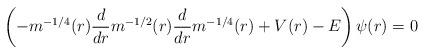
LaTeX: \begin{align*} \left(- m^{-1/4}(r) \frac{d}{dr} m^{-1/2}(r) \frac{d}{dr} m^{-1/4}(r) + V(r) - E\right) \psi(r) = 0\end{align*}